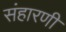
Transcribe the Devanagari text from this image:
संहारणी